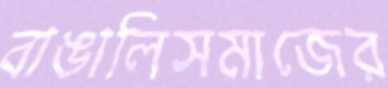
বাঙালিসমাজের